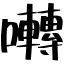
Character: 囀